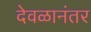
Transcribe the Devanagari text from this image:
देवळानंतर